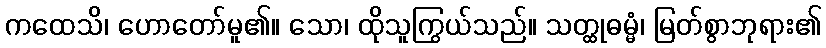
ကထေသိ၊ ဟောတော်မူ၏။ သော၊ ထိုသူကြွယ်သည်။ သတ္ထုဓမ္မံ၊ မြတ်စွာဘုရား၏